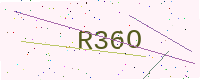
Text: R36O